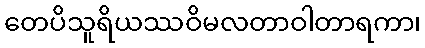
တေပိသူရိယဿဝိမလတာဝါတာရကာ၊